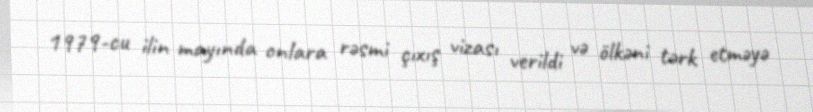
1979-cu ilin mayında onlara rəsmi çıxış vizası verildi və ölkəni tərk etməyə